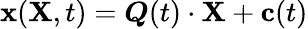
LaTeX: \mathbf{x}(\mathbf{X},t)={\boldsymbol{Q}}(t)\cdot\mathbf{X}+\mathbf{c}(t)